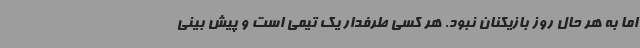
اما به هر حال روز بازیکنان نبود. هر کسی طرفدار یک تیمی است و پیش بینی